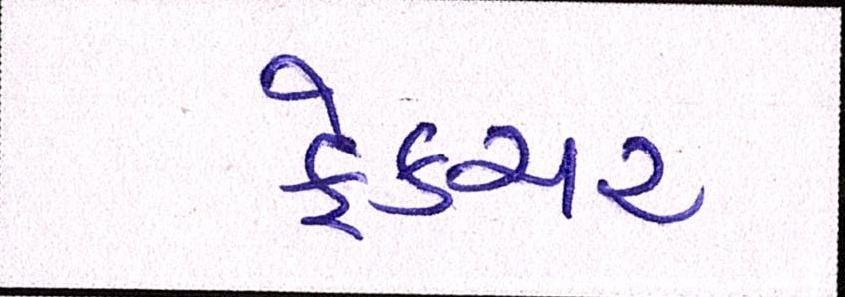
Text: ફ્રેક્ચર